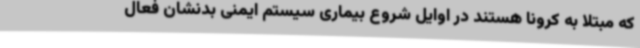
که مبتلا به کرونا هستند در اوایل شروع بیماری سیستم ایمنی بدنشان فعال